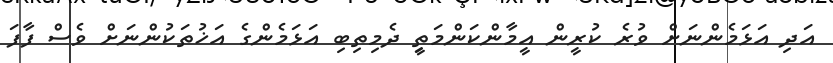
އަދި އަޅަމެންނަށް ވުރެ ކުރީން އީމާންކަންމަތީި ދެމިތިބި އަޅަމެންގެ އަޚުތަކުންނަށް ވެސް ފާފަ